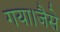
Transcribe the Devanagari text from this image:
गया।जैसे